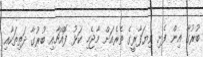
ބުރުގާ އިން ފެށި ވިޔަފާރީގެ ތެރެއަށް މާޖެހި ކަޅު ފޮއްޗާއި ބުރުގާ ދަތިތަކާއި